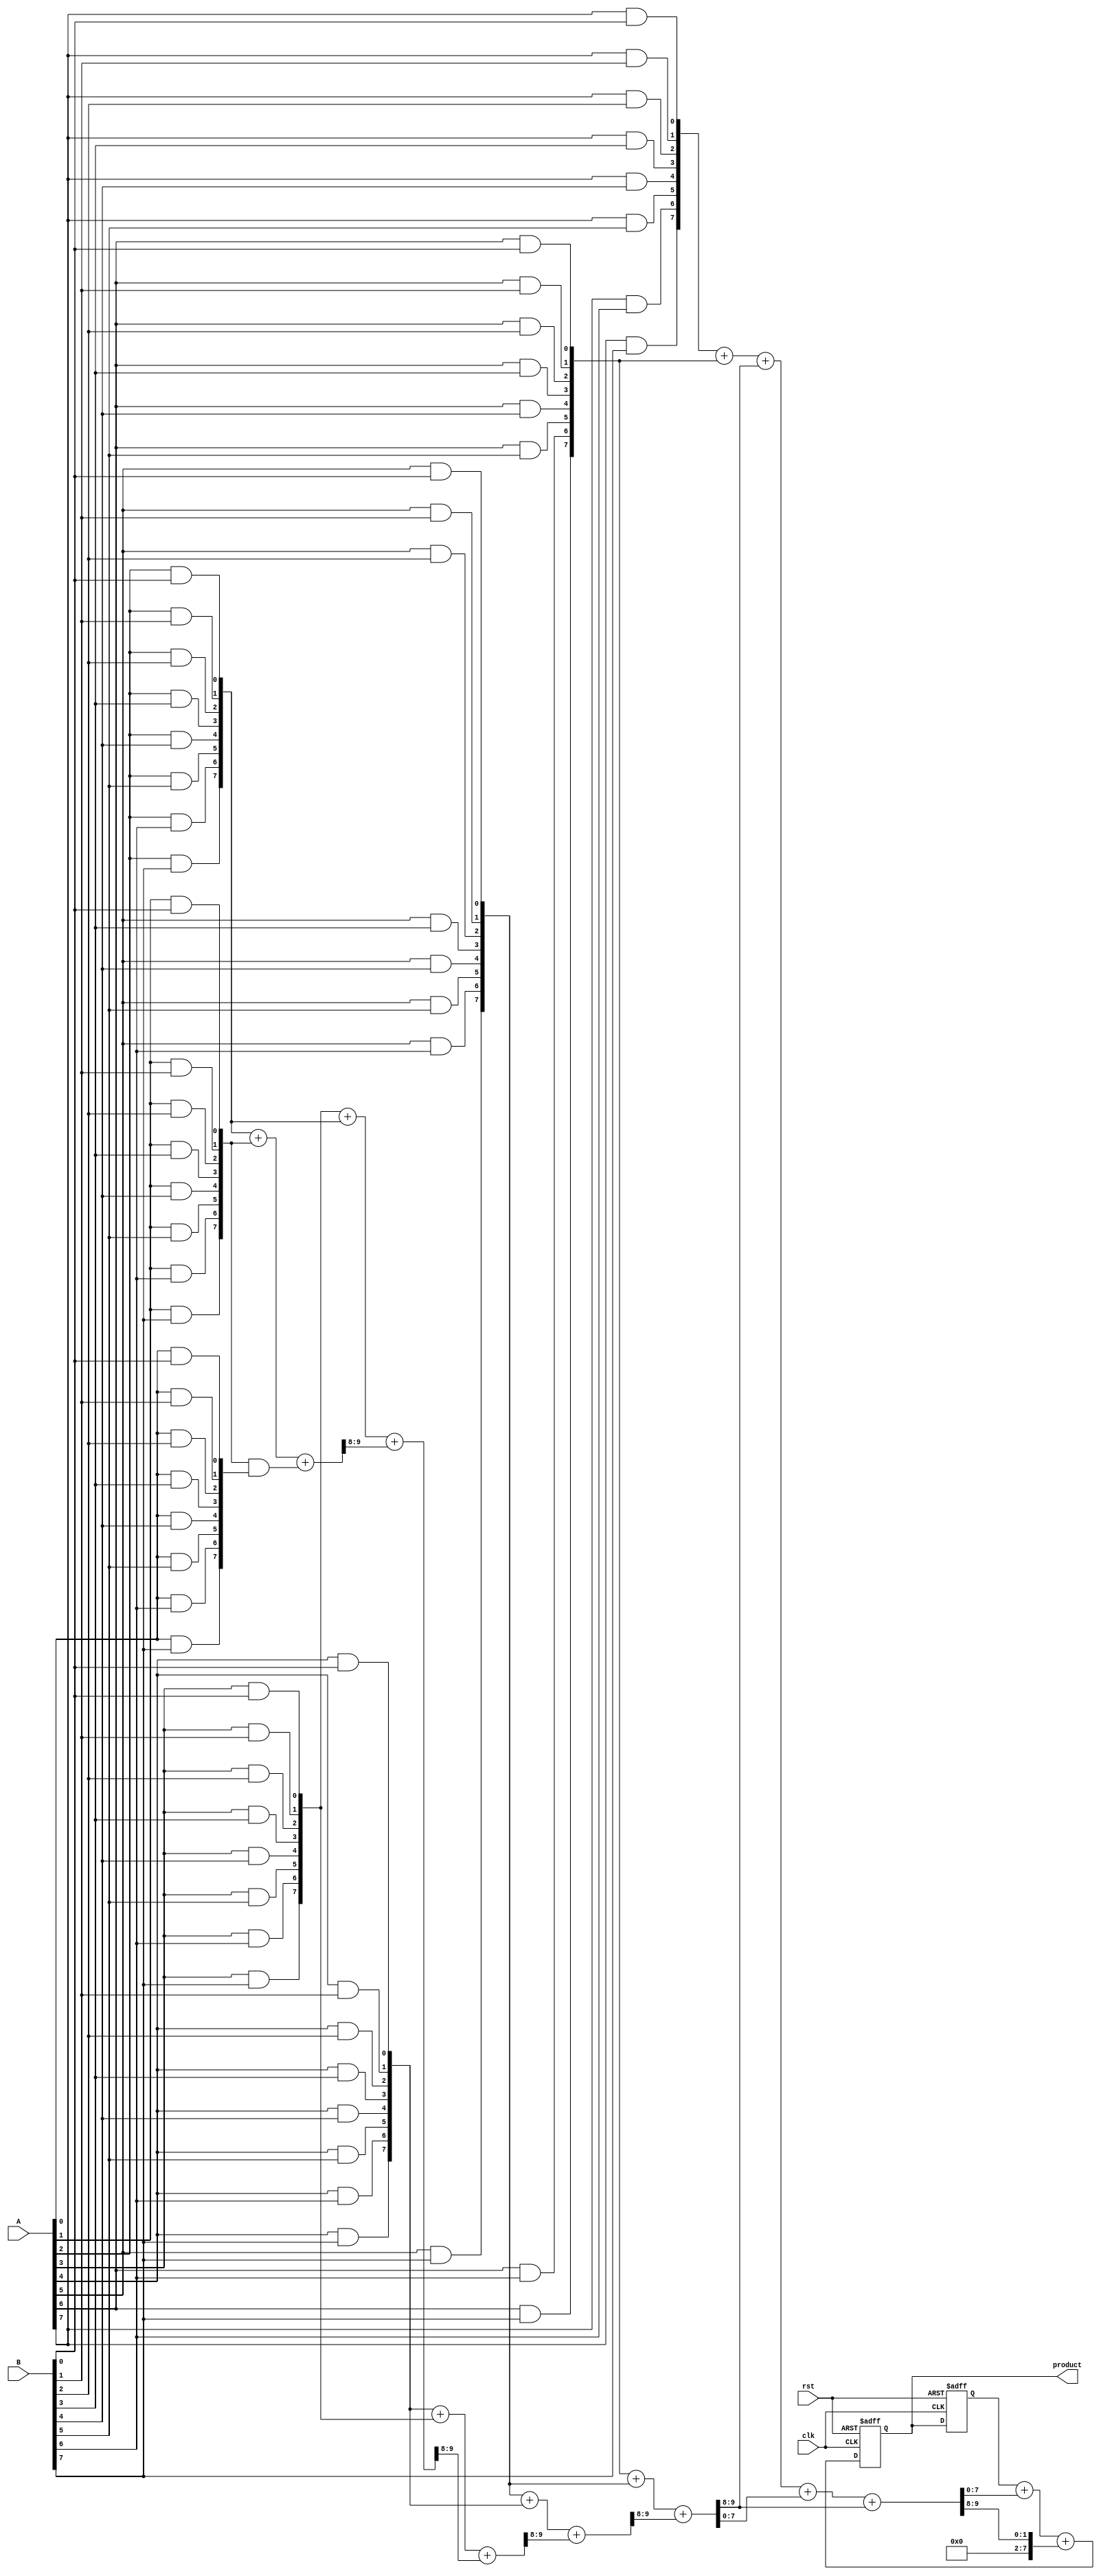
module PipelinedWallaceTreeMultiplier #(parameter N = 8) (
    input wire clk,
    input wire rst,
    input wire [N-1:0] A,
    input wire [N-1:0] B,
    output reg [2*N-1:0] product
);

    // Partial product generation
    wire [N-1:0] pp [0:N-1]; // Partial products
    genvar i, j;
    generate
        for (i = 0; i < N; i = i + 1) begin : pp_gen
            for (j = 0; j < N; j = j + 1) begin : pp_bit
                assign pp[i][j] = A[i] & B[j];
            end
        end
    endgenerate

    // Internal wires for Wallace tree stages
    wire [N-1:0] stage1_sum [0:N-1];
    wire [N-1:0] stage1_carry [0:N-1];
    wire [N-1:0] stage2_sum [0:N-1];
    wire [N-1:0] stage2_carry [0:N-1];

    // Stage 1: Full and Half Adders to reduce partial products
    generate
        for (i = 0; i < N; i = i + 1) begin : stage1
            if (i == 0) begin
                assign stage1_sum[i] = pp[i];
                assign stage1_carry[i] = 0;
            end else if (i == 1) begin
                // Half adder for the first two bits
                assign stage1_sum[i] = pp[i] ^ pp[i-1];
                assign stage1_carry[i] = pp[i] & pp[i-1];
            end else begin
                // Full adder for subsequent bits
                assign {stage1_carry[i], stage1_sum[i]} = pp[i] + pp[i-1] + stage1_carry[i-1];
            end
        end
    endgenerate

    // Stage 2: Further reduction
    generate
        for (i = 0; i < N; i = i + 1) begin : stage2
            if (i == 0) begin
                assign stage2_sum[i] = stage1_sum[i];
                assign stage2_carry[i] = 0;
            end else if (i == 1) begin
                assign stage2_sum[i] = stage1_sum[i] ^ stage1_sum[i-1];
                assign stage2_carry[i] = stage1_sum[i] & stage1_sum[i-1];
            end else begin
                assign {stage2_carry[i], stage2_sum[i]} = stage1_sum[i] + stage1_sum[i-1] + stage1_carry[i-1];
            end
        end
    endgenerate

    // Register to store final product
    reg [2*N-1:0] final_product;

    // Final addition to produce the product
    always @(posedge clk or posedge rst) begin
        if (rst) begin
            final_product <= 0;
            product <= 0;
        end else begin
            // Final reduction of bits (example logic)
            product <= final_product + stage2_sum[N-1] + stage2_carry[N-1];
            final_product <= product; // Update the final product
        end
    end

endmodule